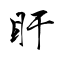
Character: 盱